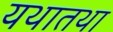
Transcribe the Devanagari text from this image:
यथातथा